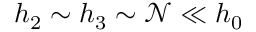
h _ { 2 } \sim h _ { 3 } \sim \mathcal { N } \ll h _ { 0 }